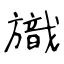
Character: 旘